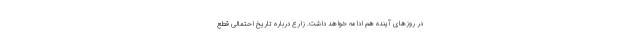
در روز‌های آینده هم ادامه خواهد داشت. زارع درباره تاریخ احتمالی قطع